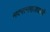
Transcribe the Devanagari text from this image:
नवरत्नराजधानी